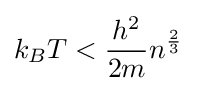
k_{B}T<{\frac {h^{2}}{2m}}n^{\frac {2}{3}}